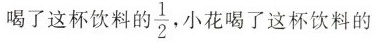
喝了这杯饮料的\frac{1}{2}小花喝了这杯饮料的